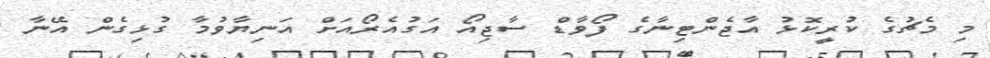
މި މެޗުގެ ކުރީކޮޅު އާޖެންޓިނާގެ ފޯވާޑް ސާޖިއޯ އަގުއެރޯއަށް އަނިޔާވުމާ ގުޅިގެން އޭނާ